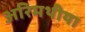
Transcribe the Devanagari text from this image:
अरिमथीया